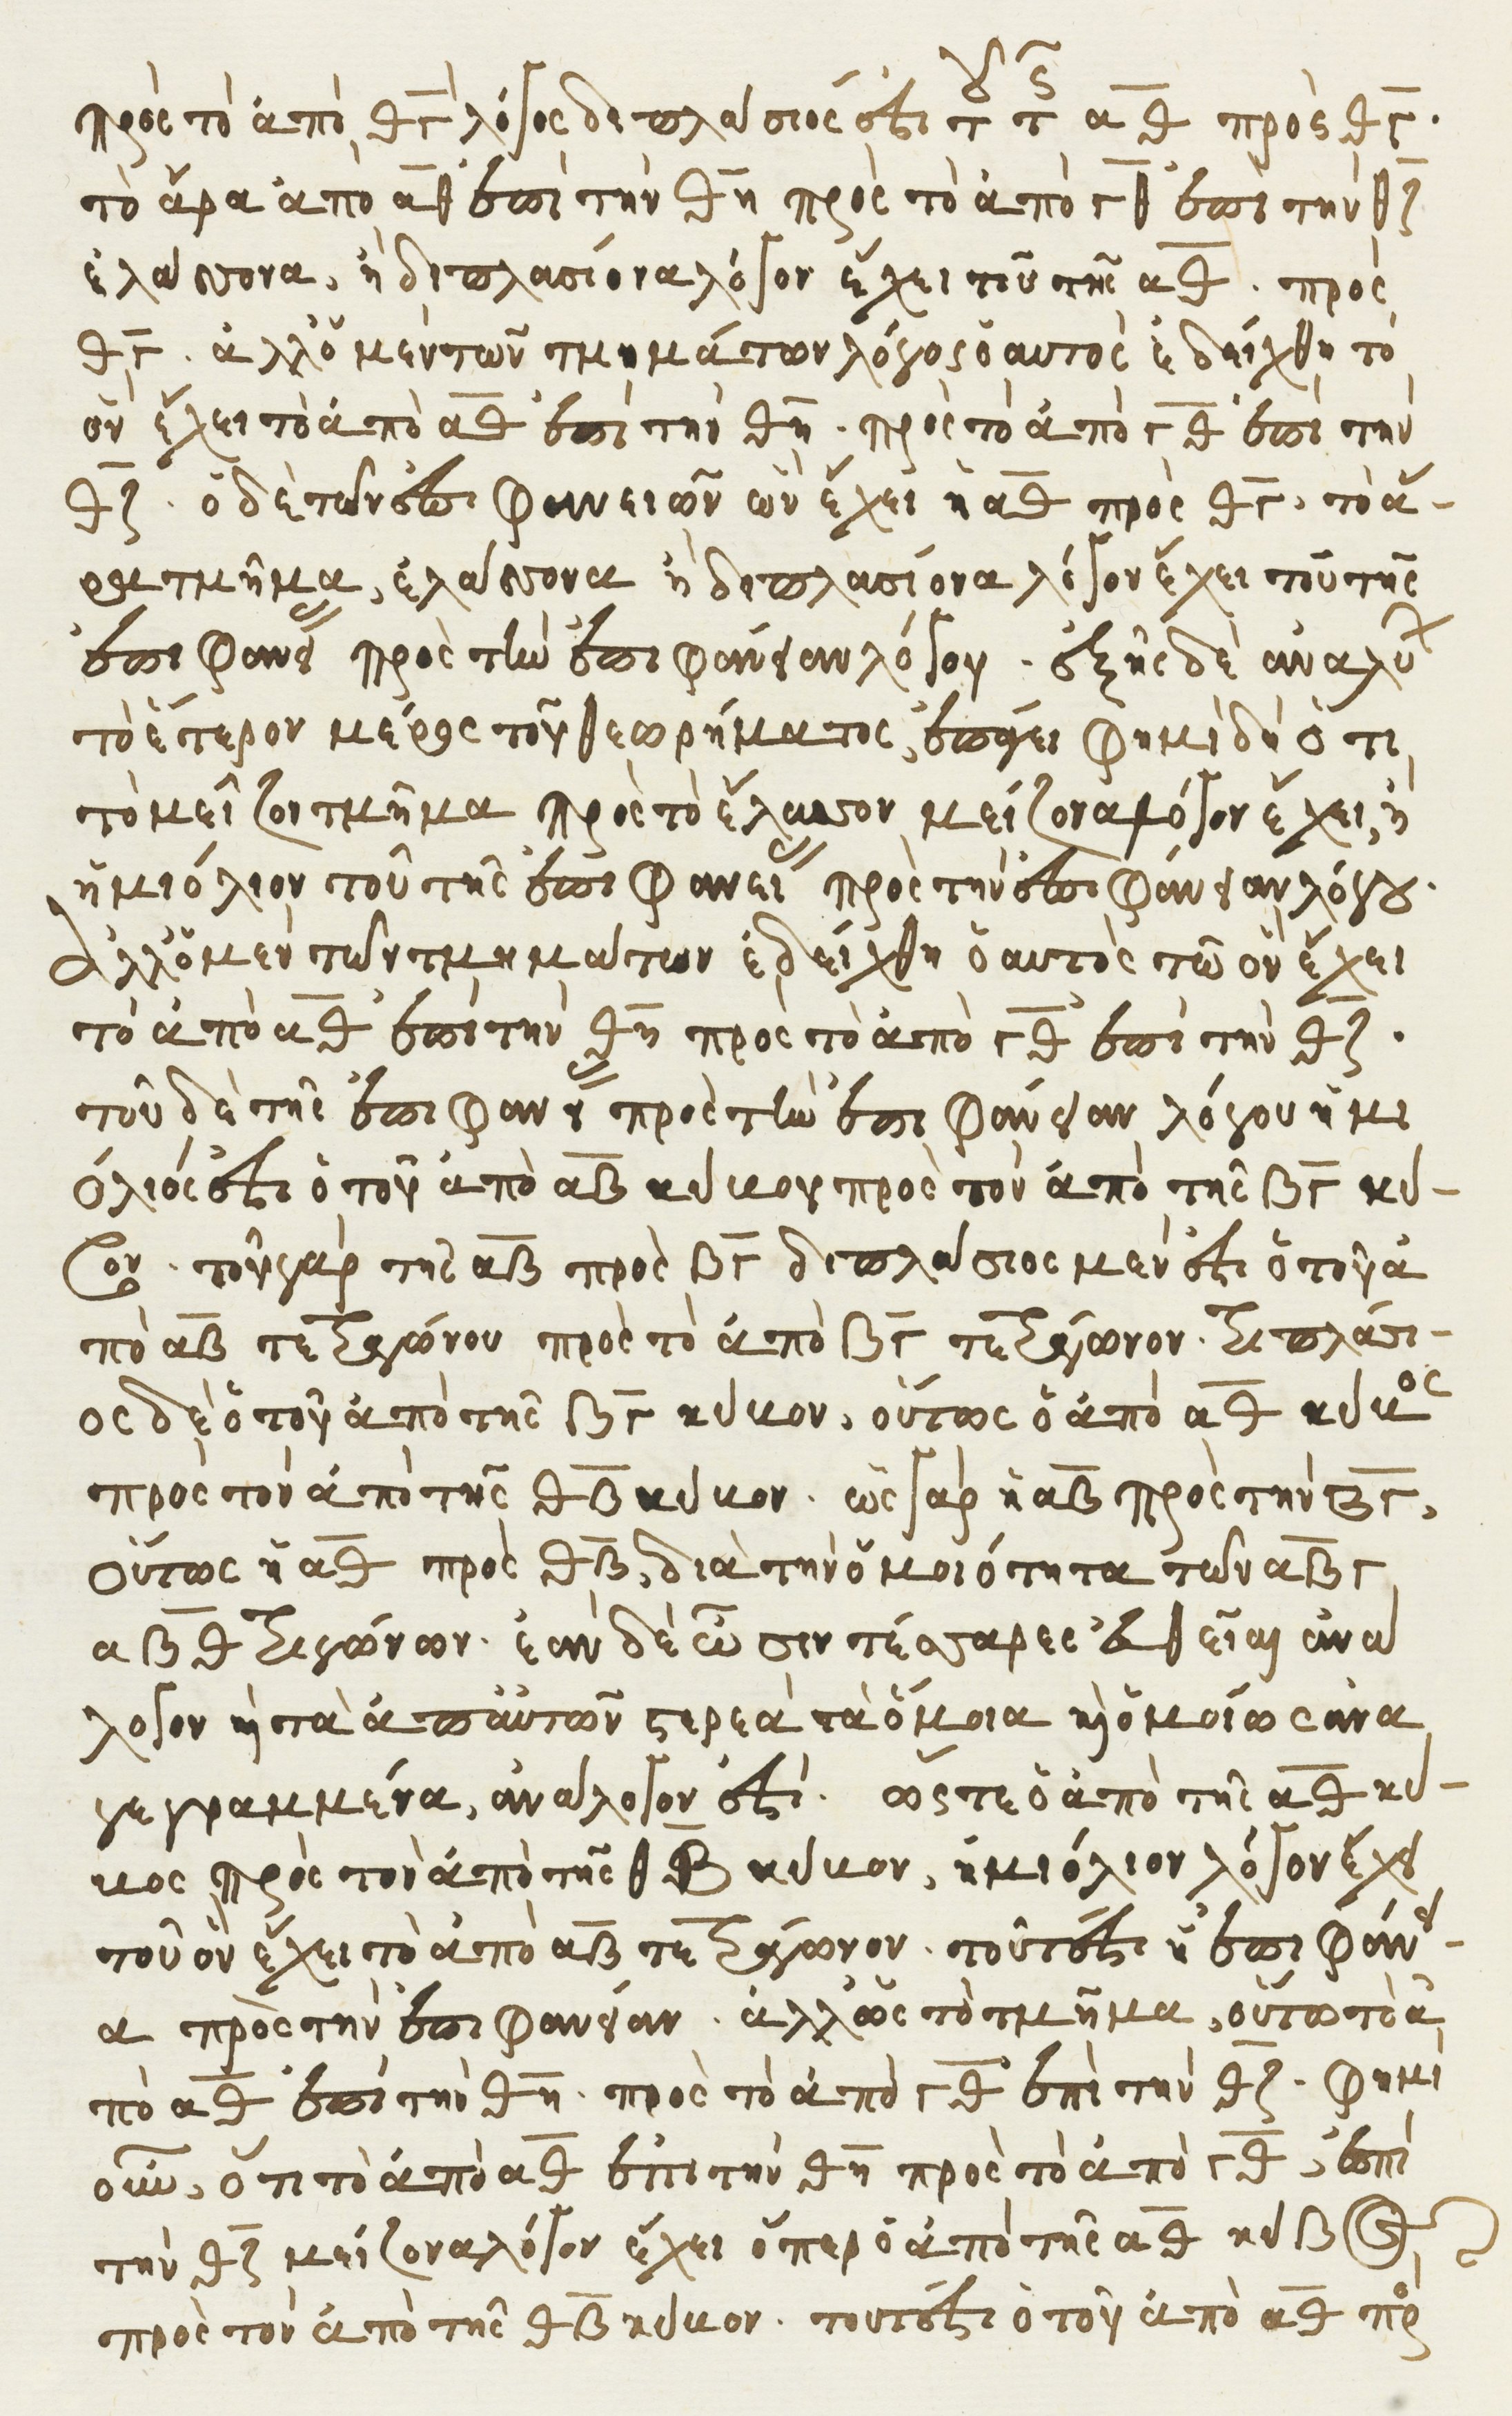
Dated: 1541–1541